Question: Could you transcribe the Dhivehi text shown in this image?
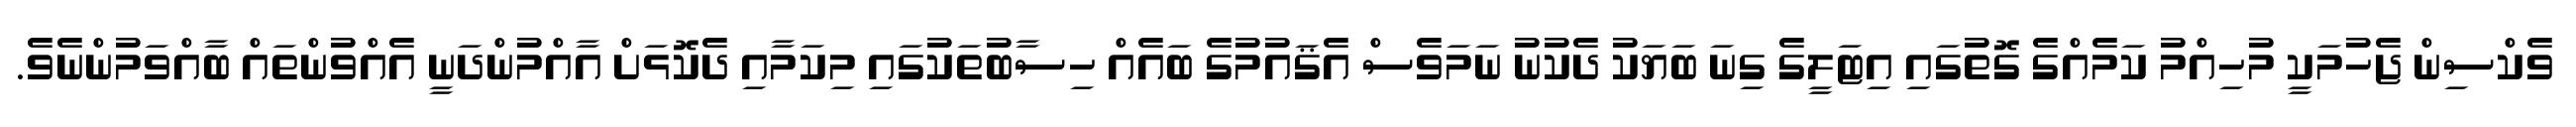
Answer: ވެކްސިން ޖެހުމަކީ މުހިއްމު ކަމެއްގެ ގޮތުގައި އިޓަލީގެ ގިނަ ބަޔަކު ދެކުނު ނަމަވެސް އެޤައުމުގެ ބައެއް ހިސާބުތަކުގައި މިކަމާއި ދެކޮޅަށް އާއްމުންދަނީ އެއްވުންތައް ބާއްވަމުންނެވެ.